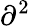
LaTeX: {\partial}^{2}